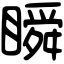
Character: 瞬